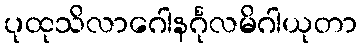
ပုထုသိလာဂေါနင်္ဂုလမိဂါယုတာ